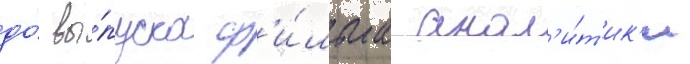
до́ вы́пуска ф'и́льма анал'и́т'ик'и